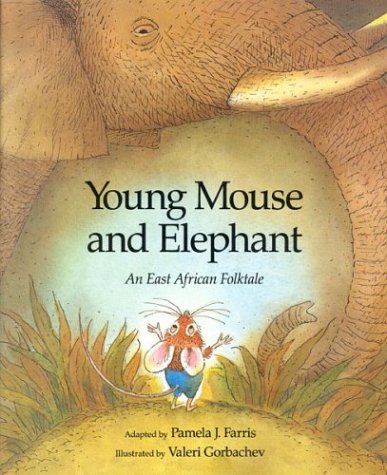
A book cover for Young Mouse and Elephant; Pamela J. Farris; Children's Books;